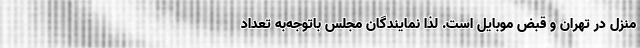
منزل در تهران و قبض موبایل است. لذا نمایندگان مجلس باتوجه‌به تعداد